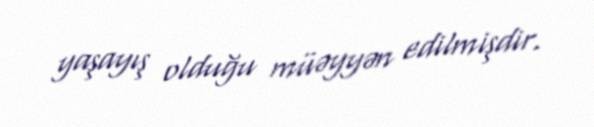
yaşayış olduğu müəyyən edilmişdir.